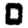
Digit: 0